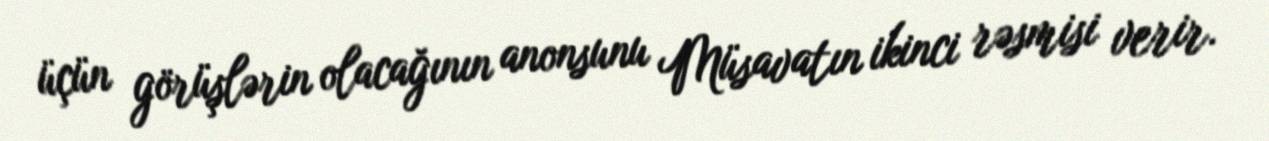
üçün görüşlərin olacağının anonsunu Müsavatın ikinci rəsmisi verir.